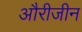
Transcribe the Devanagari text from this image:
औरीजीन